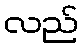
လည်